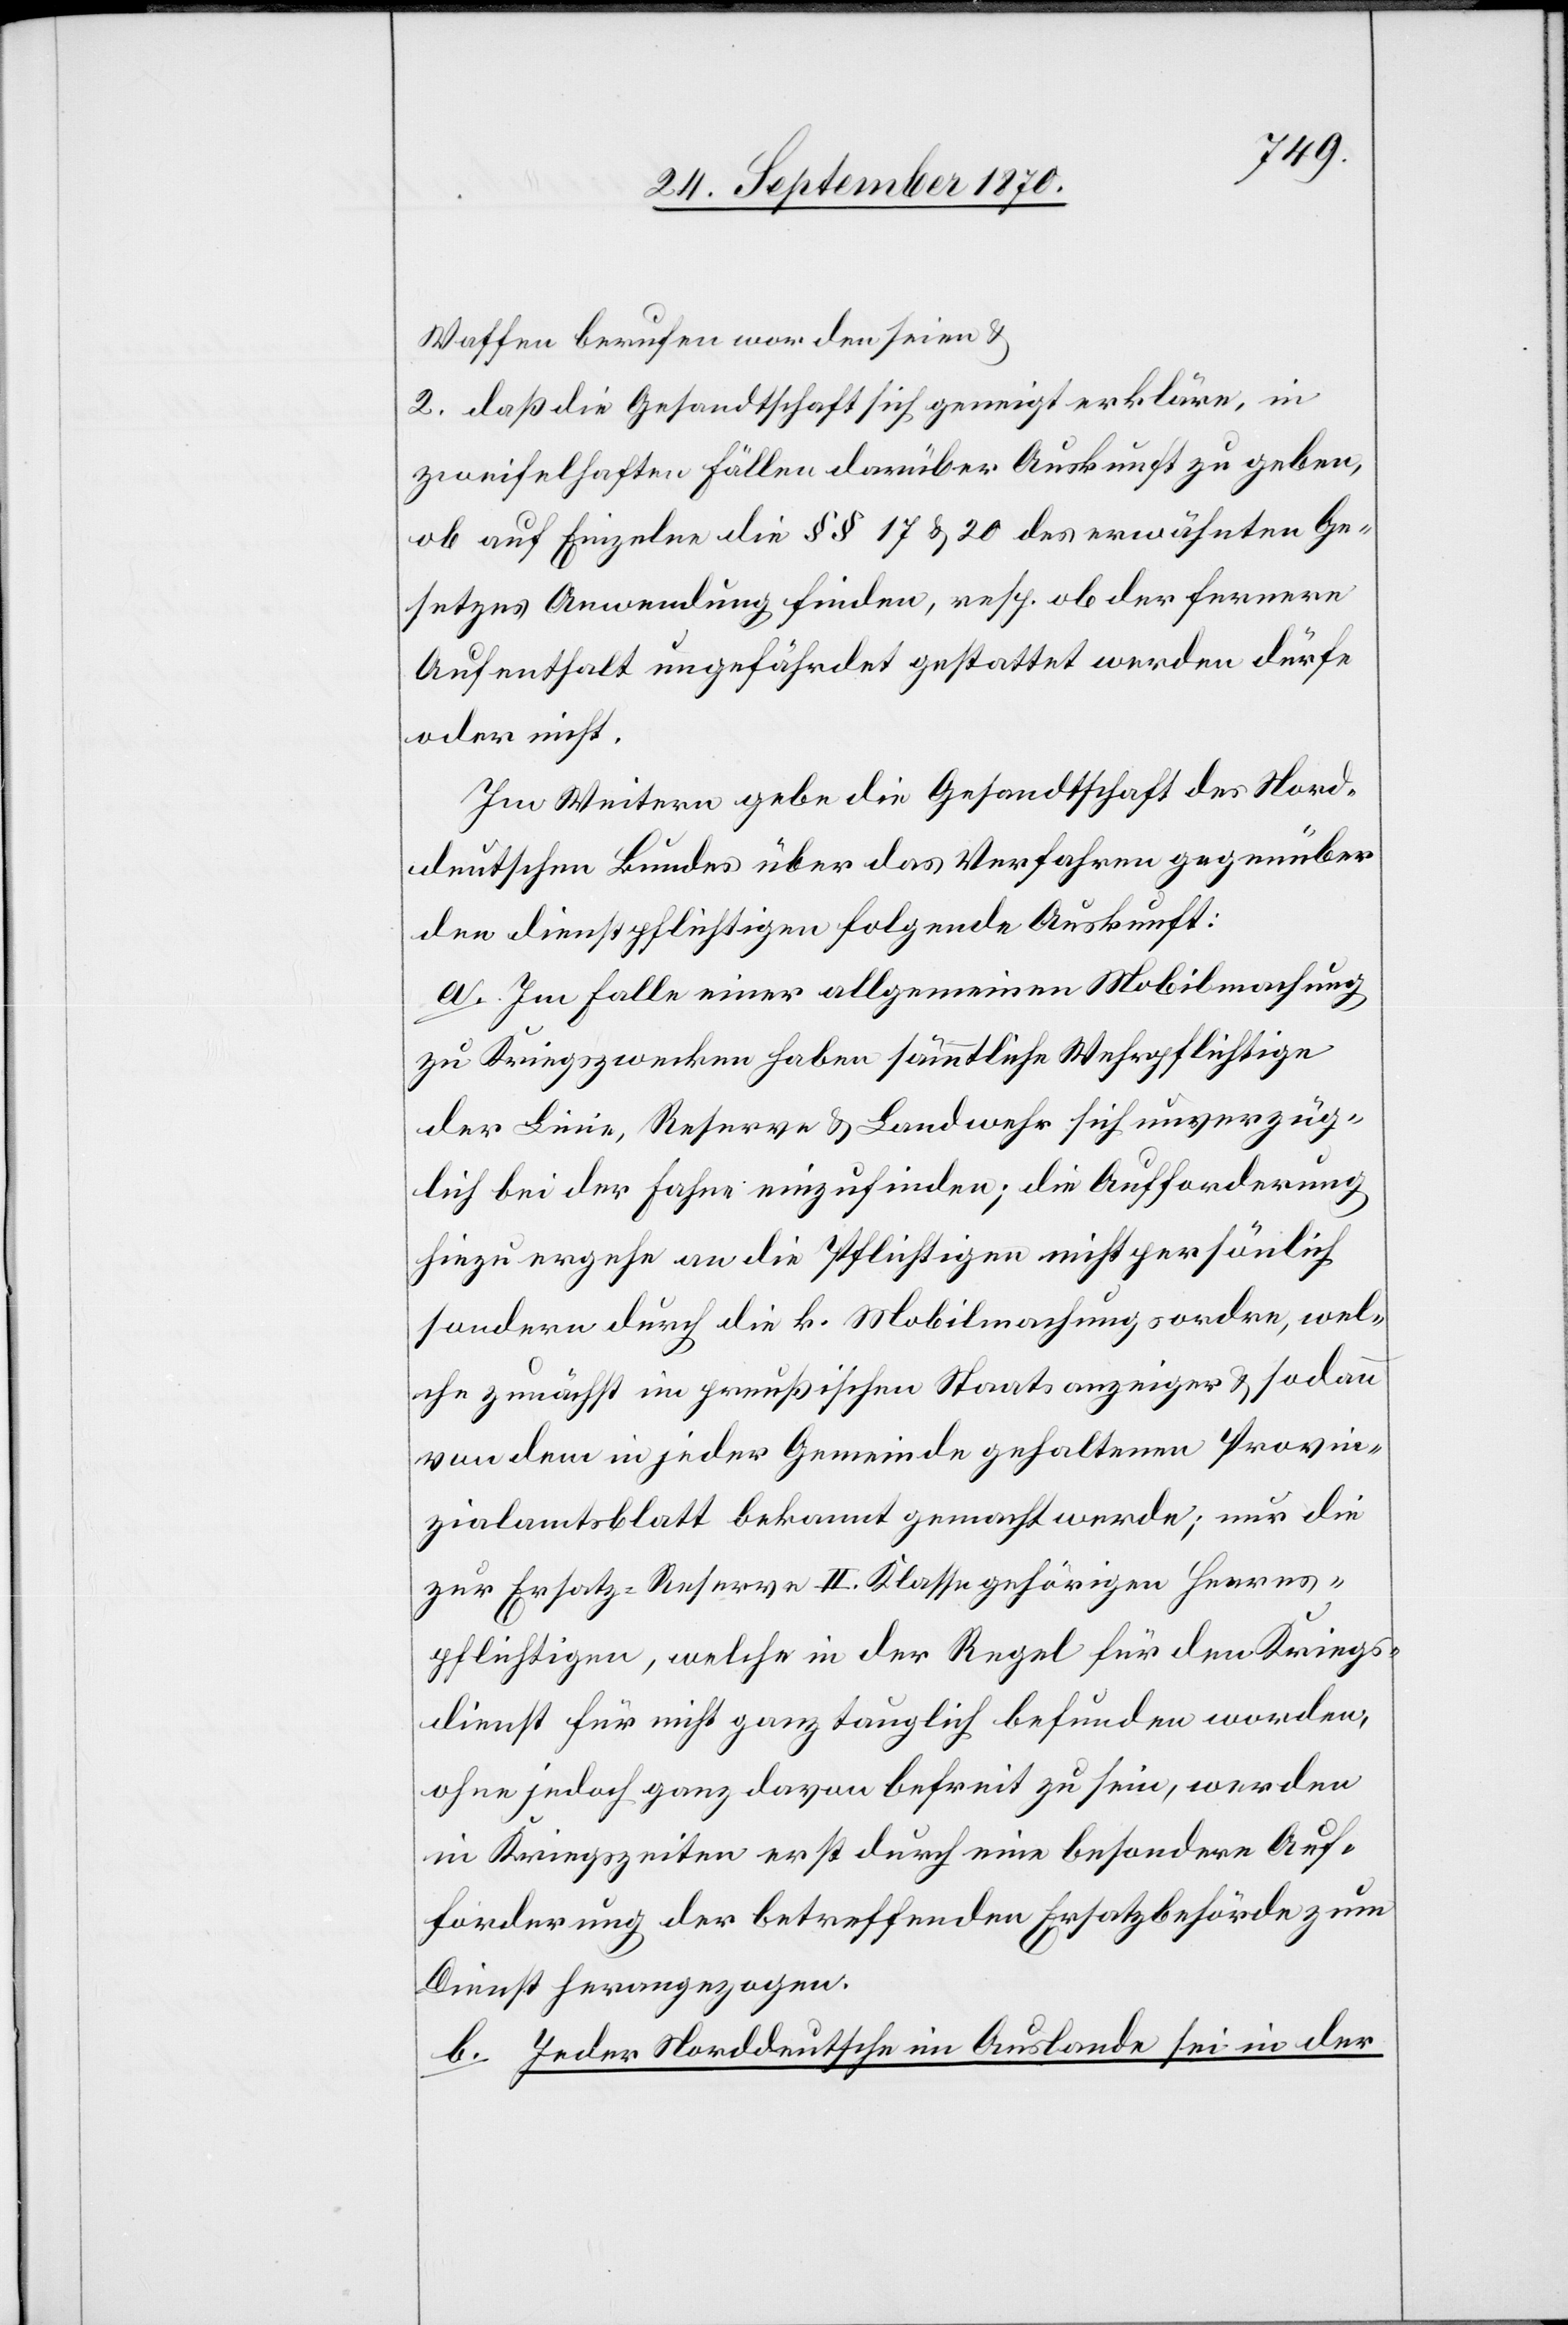
Waffen berufen worden seien &
2. daß die Gesandtschaft sich geneigt erkläre, in
zweifelhaften Fällen darüber Auskunft zu geben,
ob auf Einzelne die §§ 17 & 20 des erwähnten Ge¬
setzes Anwendung finden, resp. ob der fernere
Aufenthalt ungefährdet gestattet werden dürfe
oder nicht.
Im Weitern gebe die Gesandtschaft des Nord¬
deutschen Bundes über das Verfahren gegenüber
den dienstpflichtigen [sic!] folgende Auskunft:
a. Im Falle einer allgemeinen Mobilmachung
zu Kriegszwecken haben sämmtliche Wehrpflichtige
der Linie, Reserve & Landwehr sich unverzüg¬
lich bei der Fahne einzufinden; die Aufforderung
hiezu ergehe an die Pflichtigen nicht persönlich
sondern durch die k. Mobilmachungsordre, wel¬
che zunächst im preußischen Staatsanzeiger & sodann
von dem in jeder Gemeinde gehaltenen Provin¬
zialamtsblatt bekannt gemacht werde; nur die
zur Ersatz-Reserve II. Klasse gehörigen Heeres¬
pflichtigen, welche in der Regel für den Kriegs¬
dienst für nicht ganz tauglich befunden worden,
ohne jedoch ganz davon befreit zu sein, werden
in Kriegszeiten erst durch eine besondere Auf¬
forderung der betreffenden Ersatzbehörde zum
Dienst herangezogen.
b. Jeder Norddeutsche im Auslande sei in der